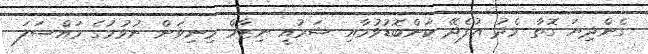
ގެންދިޔަ ގޮތާ މެދު އުފެދޭ ކަންބޮޑުވުމާއި ޝަރުއީ ނިޒާމް މިނިވަން ނުވުމުގެ މައްސަލަ